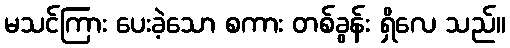
မသင်ကြား ပေးခဲ့သော စကား တစ်ခွန်း ရှိလေ သည်။